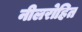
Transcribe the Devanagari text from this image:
नीलरोहित